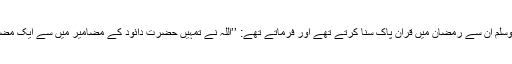
آپ صلی اللہ علیہ وسلم ان سے رمضان میں قرآن پاک سنا کرتے تھے اور فرماتے تھے: ’’اللہ نے تمہیں حضرت دائودؑ کے مضامیر میں سے ایک مضامیر عطا کیا ہے۔